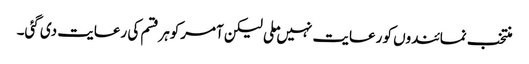
منتخب نمائندوں کو رعایت نہیں ملی لیکن آمرکوہرقسم کی رعایت دی گئی۔